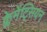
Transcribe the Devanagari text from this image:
क्लेमेंट्सियन